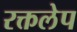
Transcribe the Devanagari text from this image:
रक्तलेप